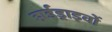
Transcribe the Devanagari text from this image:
हार्डड्राइवों